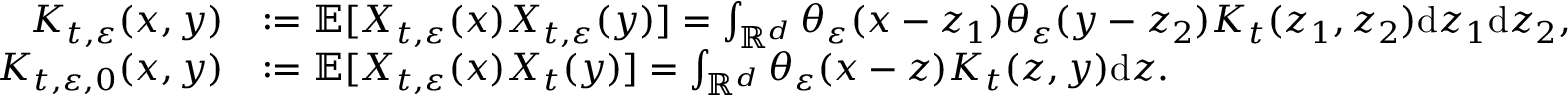
\begin{array} { r l } { K _ { t , \varepsilon } ( x , y ) } & { : = { \ensuremath { \mathbb E } } [ X _ { t , \varepsilon } ( x ) X _ { t , \varepsilon } ( y ) ] = \int _ { { \ensuremath { \mathbb R } } ^ { d } } \theta _ { \varepsilon } ( x - z _ { 1 } ) \theta _ { \varepsilon } ( y - z _ { 2 } ) K _ { t } ( z _ { 1 } , z _ { 2 } ) \mathrm { d } z _ { 1 } \mathrm { d } z _ { 2 } , } \\ { K _ { t , \varepsilon , 0 } ( x , y ) } & { : = { \ensuremath { \mathbb E } } [ X _ { t , \varepsilon } ( x ) X _ { t } ( y ) ] = \int _ { { \ensuremath { \mathbb R } } ^ { d } } \theta _ { \varepsilon } ( x - z ) K _ { t } ( z , y ) \mathrm { d } z . } \end{array}